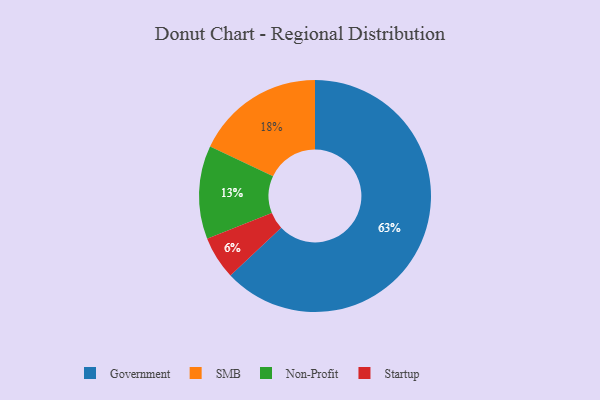
{"axis": {"x": "Category", "y": "Percentage"}, "legend": ["Government", "Non-Profit", "SMB", "Startup"], "data": [{"x": "Non-Profit", "y": 13, "type": "Non-Profit"}, {"x": "Startup", "y": 6, "type": "Startup"}, {"x": "Government", "y": 63, "type": "Government"}, {"x": "SMB", "y": 18, "type": "SMB"}]}